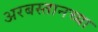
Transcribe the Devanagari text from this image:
अरबस्तानच्या